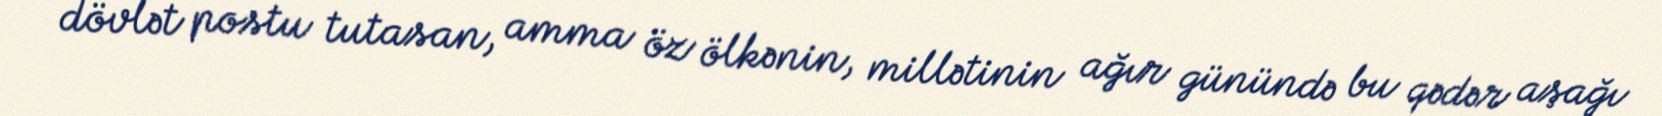
dövlət postu tutasan, amma öz ölkənin, millətinin ağır günündə bu qədər aşağı